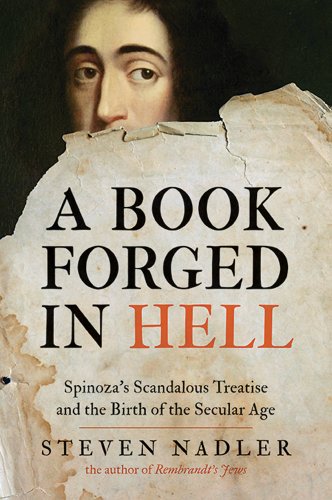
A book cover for A Book Forged in Hell: Spinoza's Scandalous Treatise and the Birth of the Secular Age; Steven Nadler; Politics & Social Sciences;